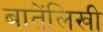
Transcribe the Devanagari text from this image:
बातेंलिखी